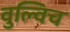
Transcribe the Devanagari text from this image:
वुल्विच